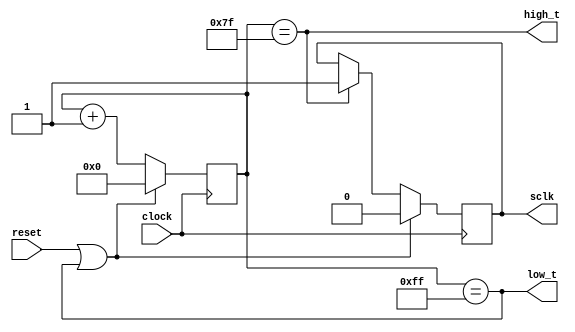
`default_nettype none

module spi_clock_generator(
	clock,
	reset,
	sclk,
	high_t,
	low_t
);

	input wire clock;
	input wire reset;
	
	output reg sclk = 1'b0;
	output reg high_t;
	output reg low_t;
	
	parameter PERIOD = 9'd256; // clock freq ~= 781kHz
	parameter HALF_PERIOD = PERIOD >> 1;
	
	parameter ONE = 9'd1;
	parameter ZERO = 9'd0;
	
	reg [8:0] count = 9'd0;
	
	always @(posedge clock) begin
		if(reset || low_t) begin
			count <= ZERO;
		end
		else begin
			count <= count + ONE;
		end
		
		if(reset || low_t) begin
			sclk <= 1'b0;
		end
		else if(high_t) begin
			sclk <= 1'b1;
		end
		else begin
			sclk <= sclk;
		end
		
	end
	
	always @(*) begin
		high_t = (count == HALF_PERIOD-ONE);
		low_t =  (count == PERIOD-ONE);
	end
endmodule